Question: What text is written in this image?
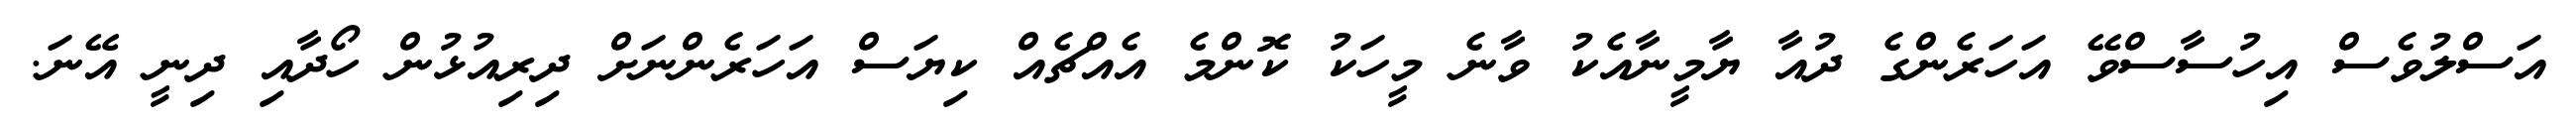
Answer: އަސްލުވެސް އިހުސާސްވޭ އަހަރެންގެ ދުއާ ޔާމީނާއެކު ވާނެ މީހަކު ކޮންމެ އެއްޗެއް ކިޔަސް އަހަރެންނަށް ދިރިއުޅުން ހޯދާއި ދިނީ އޭނަ.